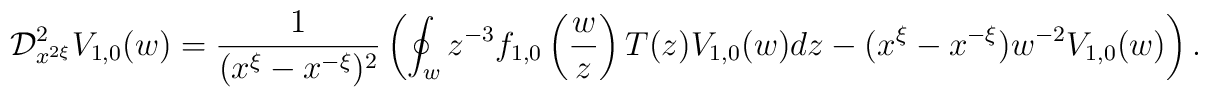
{\cal D}_{x^{2\xi}}^2V_{1,0}(w)={1\over (x^\xi-x^{-\xi})^2}\left(\oint_w z^{-3}f_{1,0}\left({w\over z}\right)T(z)V_{1,0}(w)dz-(x^\xi-x^{-\xi})w^{-2}V_{1,0}(w)\right).